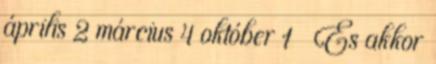
április 2 március 4 október 1 ← És akkor